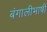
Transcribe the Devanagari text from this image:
बंगालीभाषी